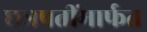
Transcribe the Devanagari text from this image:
छत्रपतींमार्फत